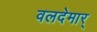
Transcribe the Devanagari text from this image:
वलदेमार्